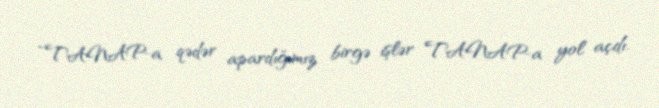
“TANAP-a qədər apardığımız birgə işlər TANAP-a yol açdı.